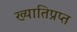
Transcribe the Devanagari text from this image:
ख्यातिप्रप्त